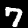
Label: 7